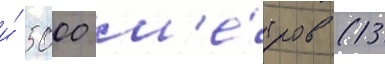
и́ 5000 м'е́тров (13